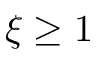
\xi \geq 1